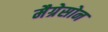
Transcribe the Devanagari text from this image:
मैग्रेसोन